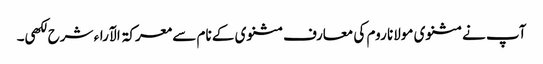
آپ نے مثنوی مولانا روم کی معارف مثنوی کے نام سے معرکۃ الآراء شرح لکھی۔